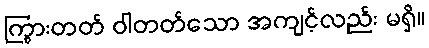
ကြွားတတ် ဝါတတ်သော အကျင့်လည်း မရှိ။